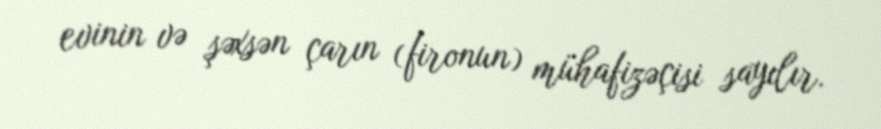
evinin və şəxsən çarın (fironun) mühafizəçisi sayılır.